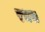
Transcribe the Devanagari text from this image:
रभस